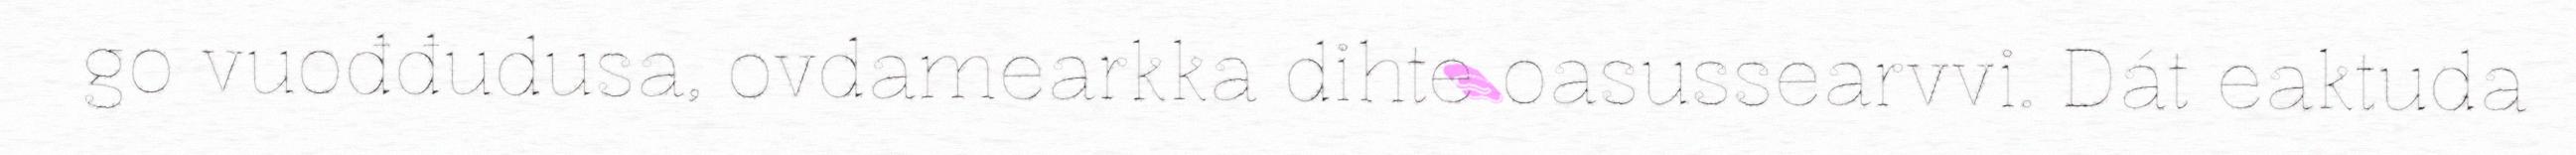
go vuođđudusa, ovdamearkka dihte oasussearvvi. Dát eaktuda